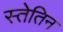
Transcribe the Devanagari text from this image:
स्तेतिन